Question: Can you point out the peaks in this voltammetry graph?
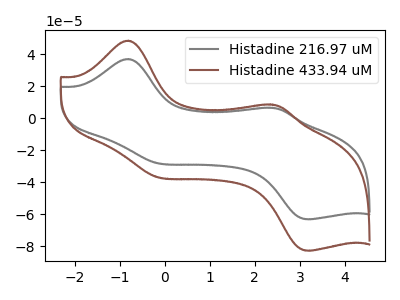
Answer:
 <answer>The gray curve "Histadine 216.97 uM" has anodic peaks at (-0.80V, 36.90uA) (2.35V, 6.50uA) and cathodic peaks at (-0.25V, -27.65uA) (3.20V, -63.00uA). The brown curve "Histadine 433.94 uM" has anodic peaks at (-0.80V, 48.35uA) (2.35V, 8.50uA) and cathodic peaks at (-0.25V, -36.20uA) (3.20V, -82.55uA).</answer>
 <eval></eval>